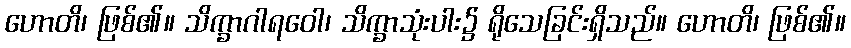
ဟောတိ၊ ဖြစ်၏။ သိက္ခာဂါရဝေါ၊ သိက္ခာသုံးပါး၌ ရိုသေခြင်းရှိသည်။ ဟောတိ၊ ဖြစ်၏။